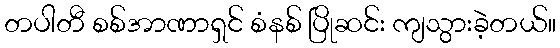
တပါတီ စစ်အာဏာရှင် စံနစ် ပြိုဆင်း ကျသွားခဲ့တယ်။